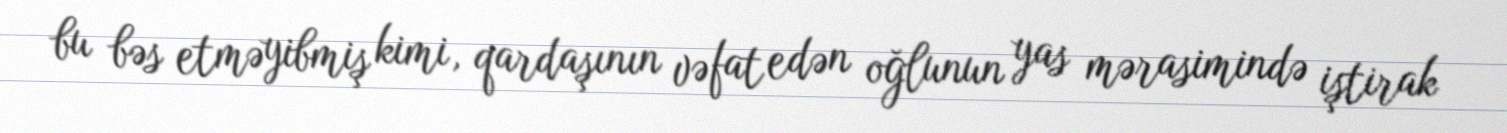
bu bəs etməyibmiş kimi, qardaşının vəfat edən oğlunun yas mərasimində iştirak